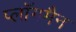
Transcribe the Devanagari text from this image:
प्लॉगमैन